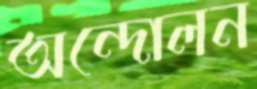
অন্দোলন